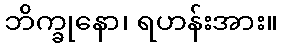
ဘိက္ခုနော၊ ရဟန်းအား။